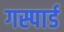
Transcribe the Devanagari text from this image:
गस्पार्ड